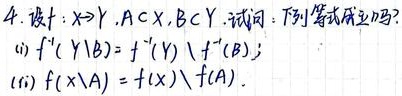
4. 设 \(f:X\rightarrow Y\), \(A\subset X\), \(B\subset Y\). 试问：下列等式成立吗？
(i) \(f^{-1}(Y\setminus B)=f^{-1}(Y)\setminus f^{-1}(B)\);
(ii) \(f(X\setminus A)=f(X)\setminus f(A)\).